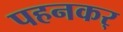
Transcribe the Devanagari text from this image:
पहनकर्